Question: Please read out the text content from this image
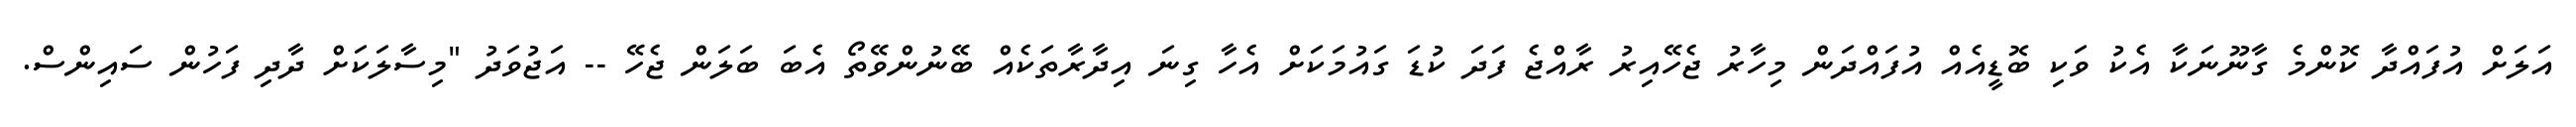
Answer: އަލަށް އުފައްދާ ކޮންމެ ގާނޫނަކާ އެކު ވަކި ބޮޑީއެއް އުފައްދަން މިހާރު ޖެހޭއިރު ރާއްޖެ ފަދަ ކުޑަ ގައުމަކަށް އެހާ ގިނަ އިދާރާތަކެއް ބޭނުންވޭތޯ އެބަ ބަލަން ޖެހޭ -- އަޖުވަދު "މިސާލަކަށް ދާދި ފަހުން ސައިންސް.